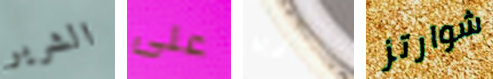
الشرير على تجارية شوارتز